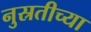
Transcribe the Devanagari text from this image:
नुस्रतीच्या